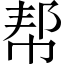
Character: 帮